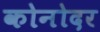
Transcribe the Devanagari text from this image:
कोनोदर